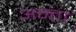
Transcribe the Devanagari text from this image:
अन्ता